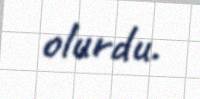
olurdu.